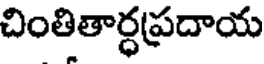
చింతితార్ధప్రదాయ